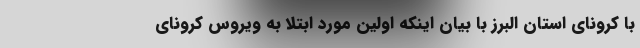
با کرونای استان البرز با بیان اینکه اولین مورد ابتلا به ویروس کرونای